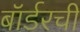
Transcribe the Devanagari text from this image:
बॉर्डरची